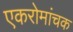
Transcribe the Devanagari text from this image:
एकरोमांचक